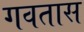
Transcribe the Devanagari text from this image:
गवतास